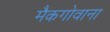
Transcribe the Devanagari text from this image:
मैकगोवाना